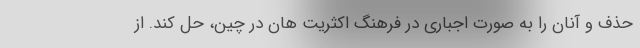
حذف و آنان را به صورت اجباری در فرهنگ اکثریت هان در چین، حل کند. از